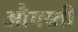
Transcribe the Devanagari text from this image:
औगस्ती